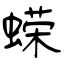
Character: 蝾